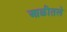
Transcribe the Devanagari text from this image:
आळीतले